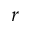
r